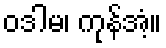
ဝဒါမ၊ ကုန်အံ့။